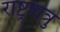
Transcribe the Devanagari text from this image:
राष्ट्रशत्रु